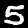
Digit: 5